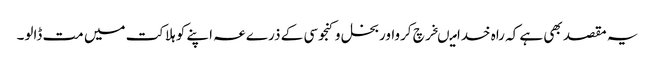
یہ مقصد بھی ہے کہ راہ خدامیںخرچ کرواوربخل وکنجوسی کے ذرےعہ اپنے کو ہلاکت میں مت ڈالو۔